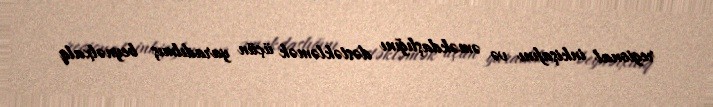
regional inkişafını və əməkdaşlığını dəstəkləmək üçün yaradılmış beynəlxalq